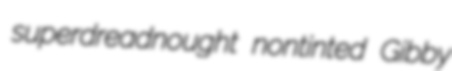
superdreadnought nontinted Gibby